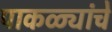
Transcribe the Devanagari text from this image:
पाकळ्यांचे